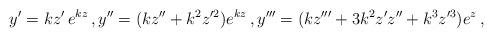
LaTeX: \begin{align*}y'=kz'\, e^{kz}\,,y''=(kz''+k^2z^{\prime 2})e^{kz} \,,y'''=(kz'''+3k^2z' z''+k^3z^{\prime 3})e^z\,,\end{align*}